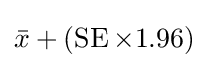
{\bar {x}}+(\operatorname {SE} \times 1.96)